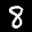
Label: 8